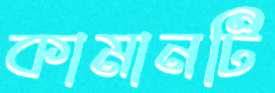
কামানটি